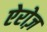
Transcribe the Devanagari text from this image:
ऐरोज़